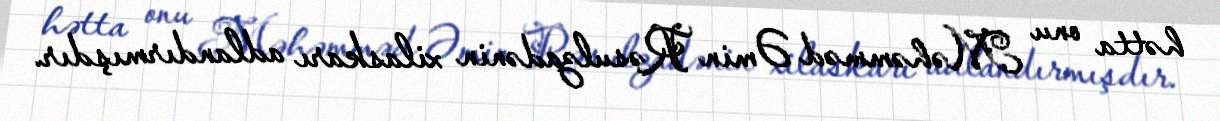
hətta onu Məhəmməd Əmin Rəsulzadənin xilaskarı adlandırmışdır.